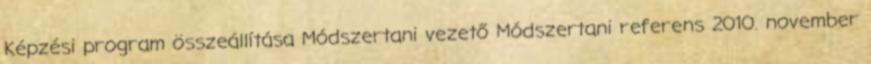
Képzési program összeállítása Módszertani vezető Módszertani referens 2010. november